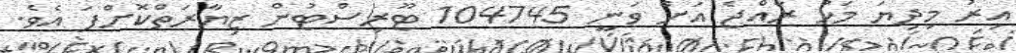
އިރު މިދިޔަ މަހު ރާއްޖެ އަށް ވަނީ 104745 ޓޫރިސްޓުން ޒިޔާރަތްކޮށްފަ އެވެ.